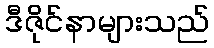
ဒီဇိုင်နာများသည်